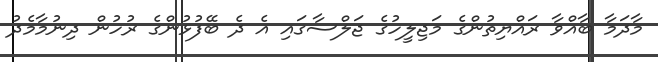
މާދަމާ ބާއްވާ ރައްޔިތުންގެ މަޖިލީހުގެ ޖަލްސާގައި އެ ދެ ބޭފުޅުންގެ ރުހުން ދިނުމާމެދު